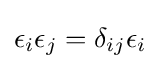
\epsilon _{i}\epsilon _{j}=\delta _{ij}\epsilon _{i}